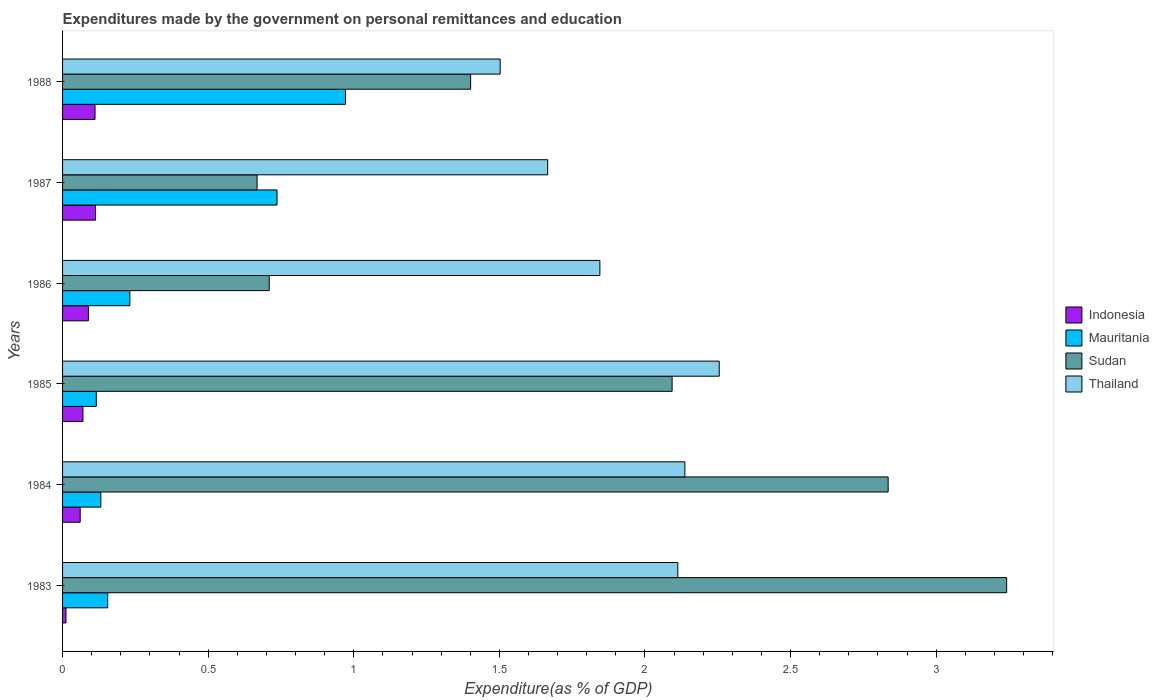
| Years | Indonesia | Mauritania | Sudan | Thailand |
 | --- | --- | --- | --- | --- |
 | 1983 | 0.0117 | 0.155 | 3.24 | 2.11 |
 | 1984 | 0.0605 | 0.132 | 2.84 | 2.14 |
 | 1985 | 0.0698 | 0.116 | 2.09 | 2.26 |
 | 1986 | 0.0887 | 0.231 | 0.71 | 1.85 |
 | 1987 | 0.113 | 0.736 | 0.668 | 1.67 |
 | 1988 | 0.112 | 0.972 | 1.4 | 1.5 |